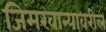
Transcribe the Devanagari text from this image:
जिमखान्यावरील